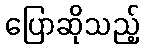
ပြောဆိုသည့်